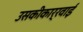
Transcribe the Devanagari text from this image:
उसकीकार्रवाई